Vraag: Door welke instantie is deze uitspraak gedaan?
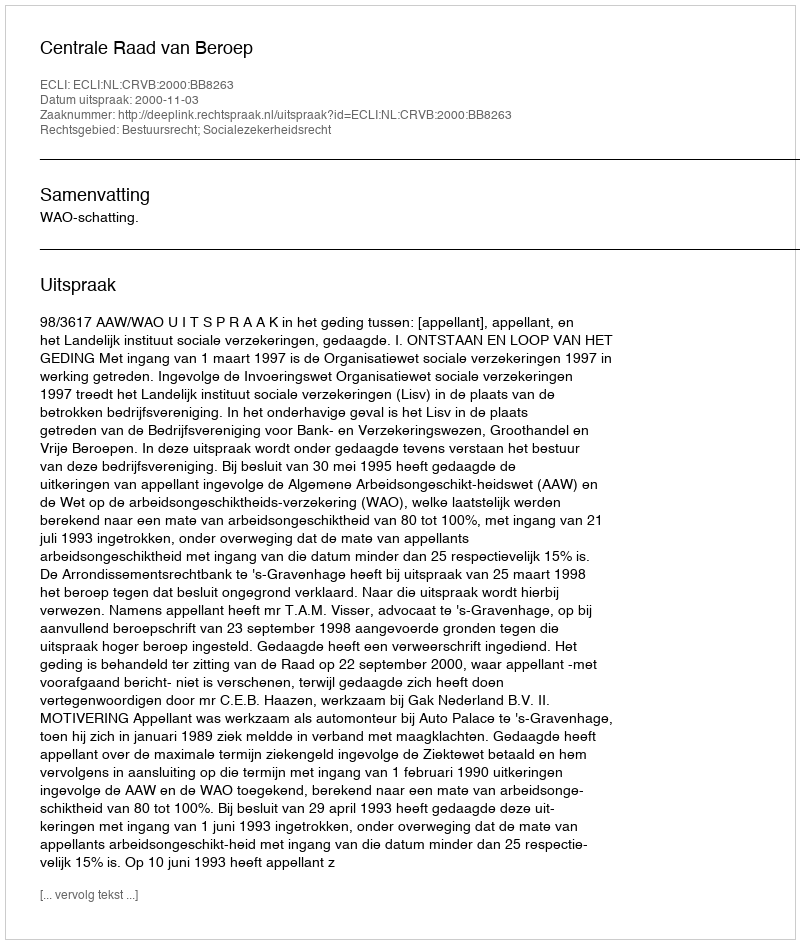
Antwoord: Centrale Raad van Beroep